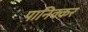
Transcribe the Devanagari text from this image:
पानिक्कर